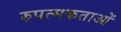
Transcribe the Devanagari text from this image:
रुपत्मकताओं